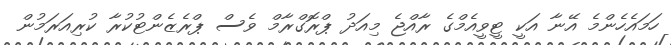
ހަމައެހެންމެ އޭނާ އަކީ ޓީވީއެމްގެ ރާއްޖެ މިއަދު ޕްރޮގްރާމް ވެސް ޕްރެޒެންޓުކުރާ ކުރިއަރަމުން